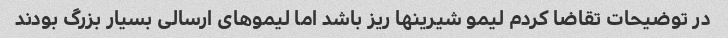
در توضیحات تقاضا کردم لیمو شیرینها ریز باشد اما لیموهای ارسالی بسیار بزرگ بودند